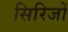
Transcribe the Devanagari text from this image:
सिरिजों